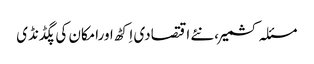
مسئلہ کشمیر،نئے اقتصادی اِکٹھ اورامکان کی پگڈنڈی